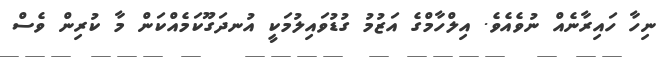
ނިހާ ހައިރާނެއް ނުވެއެވެ. އިލްހާމްގެ އަޒުމު ގުޑުވައިލުމަކީ އުނދަގޫކަމެއްކަން މާ ކުރިން ވެސް